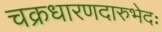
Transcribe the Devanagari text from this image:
चक्रधारणदारुभेदः